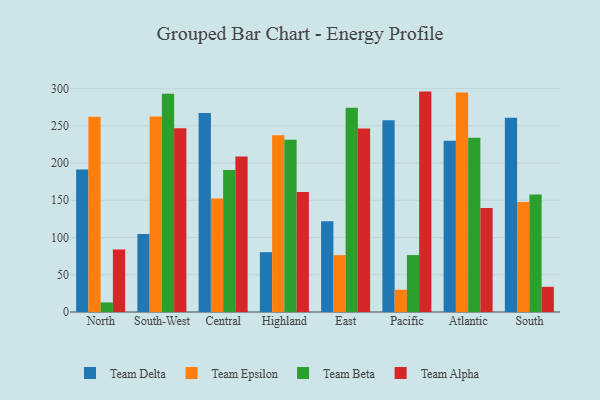
{"axis": {"x": "Region", "y": "Production Output"}, "legend": ["Team Alpha", "Team Beta", "Team Delta", "Team Epsilon"], "data": [{"x": "North", "y": 191.1, "type": "Team Delta"}, {"x": "North", "y": 262.1, "type": "Team Epsilon"}, {"x": "North", "y": 12.8, "type": "Team Beta"}, {"x": "North", "y": 83.9, "type": "Team Alpha"}, {"x": "South-West", "y": 104.8, "type": "Team Delta"}, {"x": "South-West", "y": 262.3, "type": "Team Epsilon"}, {"x": "South-West", "y": 292.8, "type": "Team Beta"}, {"x": "South-West", "y": 246.5, "type": "Team Alpha"}, {"x": "Central", "y": 267.2, "type": "Team Delta"}, {"x": "Central", "y": 152.3, "type": "Team Epsilon"}, {"x": "Central", "y": 190.6, "type": "Team Beta"}, {"x": "Central", "y": 208.7, "type": "Team Alpha"}, {"x": "Highland", "y": 80.3, "type": "Team Delta"}, {"x": "Highland", "y": 237.2, "type": "Team Epsilon"}, {"x": "Highland", "y": 231.3, "type": "Team Beta"}, {"x": "Highland", "y": 161.2, "type": "Team Alpha"}, {"x": "East", "y": 121.7, "type": "Team Delta"}, {"x": "East", "y": 76.3, "type": "Team Epsilon"}, {"x": "East", "y": 274.2, "type": "Team Beta"}, {"x": "East", "y": 246.2, "type": "Team Alpha"}, {"x": "Pacific", "y": 257.3, "type": "Team Delta"}, {"x": "Pacific", "y": 29.9, "type": "Team Epsilon"}, {"x": "Pacific", "y": 76.4, "type": "Team Beta"}, {"x": "Pacific", "y": 295.8, "type": "Team Alpha"}, {"x": "Atlantic", "y": 230.0, "type": "Team Delta"}, {"x": "Atlantic", "y": 294.7, "type": "Team Epsilon"}, {"x": "Atlantic", "y": 234.0, "type": "Team Beta"}, {"x": "Atlantic", "y": 139.7, "type": "Team Alpha"}, {"x": "South", "y": 260.7, "type": "Team Delta"}, {"x": "South", "y": 147.5, "type": "Team Epsilon"}, {"x": "South", "y": 157.8, "type": "Team Beta"}, {"x": "South", "y": 33.8, "type": "Team Alpha"}]}